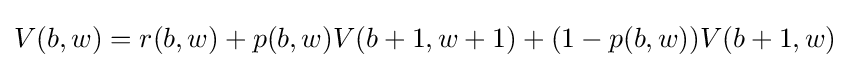
V(b,w)=r(b,w)+p(b,w)V(b+1,w+1)+(1-p(b,w))V(b+1,w)